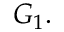
G _ { 1 } .